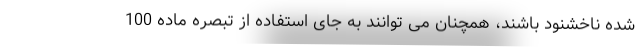
شده ناخشنود باشند، همچنان می توانند به جای استفاده از تبصره ماده 100